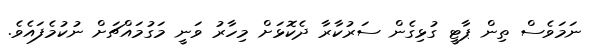
ނަމަވެސް ތިން ޕާޓީ ގުޅިގެން ސަރުކާރާ ދެކޮޅަށް މިހާރު ވަނީ މަގުމައްޗަށް ނުކުމެފައެވެ.